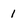
Character: 1